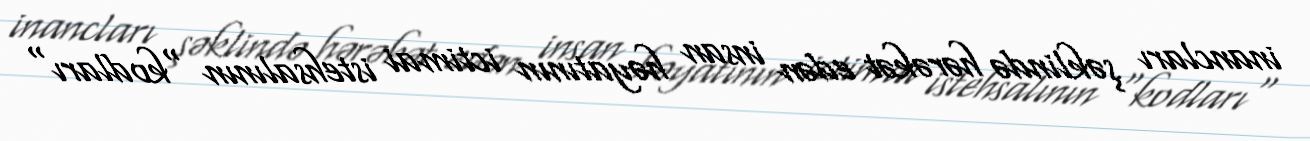
inancları şəklində hərəkət edən insan həyatının ictimai istehsalının "kodları"